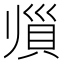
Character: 𲂫